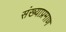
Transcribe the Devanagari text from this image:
संख्याप्रमाण